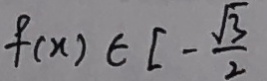
f ( x ) \epsilon [ - \frac { \sqrt { 3 } } { 2 }